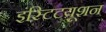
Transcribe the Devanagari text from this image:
इंस्टिटयूशन